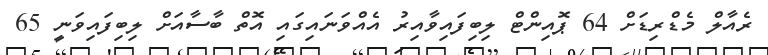
ރެއާލް މެޑްރިޑަށް 64 ޕޮއިންޓް ލިބިފައިވާއިރު އެއްވަނައިގައި އޮތް ބާސާއަށް ލިބިފައިވަނީ 65